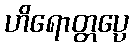
ဟိရောတ္တပ္ပေ